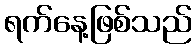
ရက်နေ့ဖြစ်သည်